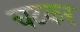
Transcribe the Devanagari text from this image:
चटकर